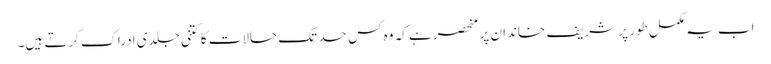
اب یہ مکمل طور پر شریف خاندان پر منحصر ہے کہ وہ کس حد تک حالات کا کتنی جلدی ادراک کرتے ہیں۔